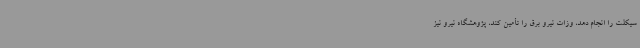
سیکلت را انجام دهد، وزات نیرو برق را تأمین کند، پژوهشگاه نیرو نیز